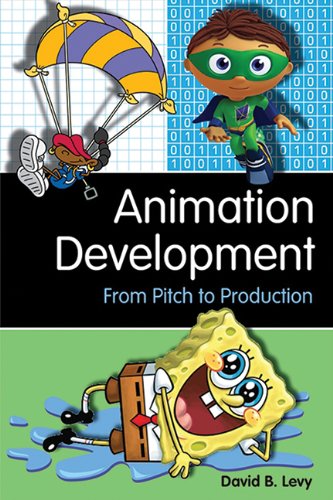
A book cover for Animation Development: From Pitch to Production; David B. Levy; Business & Money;